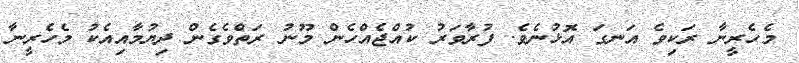
މެހެރީނާ ރަކިވެ އަނގަ އޮޅުނެވެ. ފުރާވަރު ކުއްޖެއްހެން މޫނު ރަތްވެގެން ދިޔުމާއިއެކު މެހެރީނާ